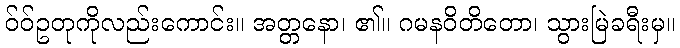
ဝ်ဝ်ဥတုကိုလည်းကောင်း။ အတ္တနော၊ ၏။ ဂမနဝိတိတော၊ သွားမြဲခရီးမှ။